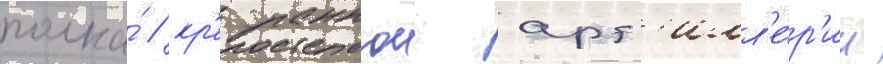
полка́ / кр'епостнои арт'илл'е́р'ии